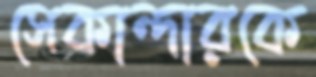
সেকান্দারকে